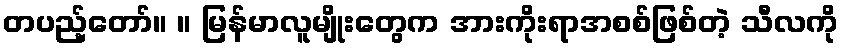
တပည့်တော်။ ။ မြန်မာလူမျိုးတွေက အားကိုးရာအစစ်ဖြစ်တဲ့ သီလကို